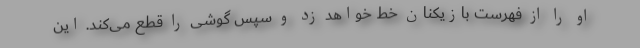
او را از فهرست بازیکنان خط خواهد زد و سپس گوشی را قطع می‌کند. این